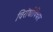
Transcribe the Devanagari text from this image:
विरोधीविचार